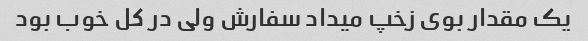
یک مقدار بوی زخپ میداد سفارش ولی در کل خوب بود